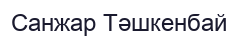
Санжар Тәшкенбай